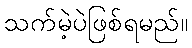
သက်မဲ့ပဲဖြစ်ရမည်။